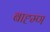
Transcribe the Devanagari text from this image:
बाह्म्ण